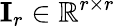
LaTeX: \mathbf{I}_{r}\in\mathbb{R}^{r\times r}